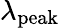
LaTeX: \lambda_{\mathrm{peak}}